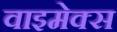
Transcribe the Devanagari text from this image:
वाइमेक्स